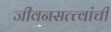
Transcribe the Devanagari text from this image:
जीवनसत्त्वांची